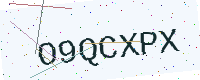
Text: O9QCXPX